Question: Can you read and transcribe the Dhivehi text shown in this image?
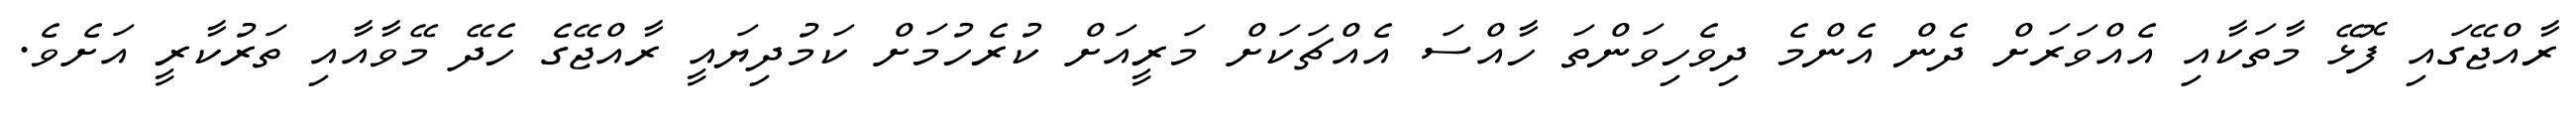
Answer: ރާއްޖޭގައި ފޮޅޭ މާތަކާއި އެއްވަރަށް ދެން އެންމެ ދިވެހިވަންތަ ހާއްސަ އެއްޗަކަށް މަރީއަށް ކުރެހުމަށް ކަމުދިޔައީ ރާއްޖޭގެ ހެދޭ މޭވާއާއި ތަރުކާރީ އަށެވެ.